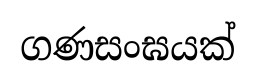
ගණසංඝයක්